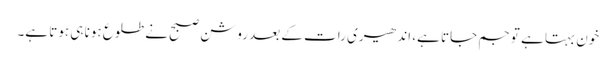
خون بہتا ہے تو جم جاتا ہے، اندھیری رات کے بعد روشن صبح نے طلوع ہونا ہی ہوتا ہے۔